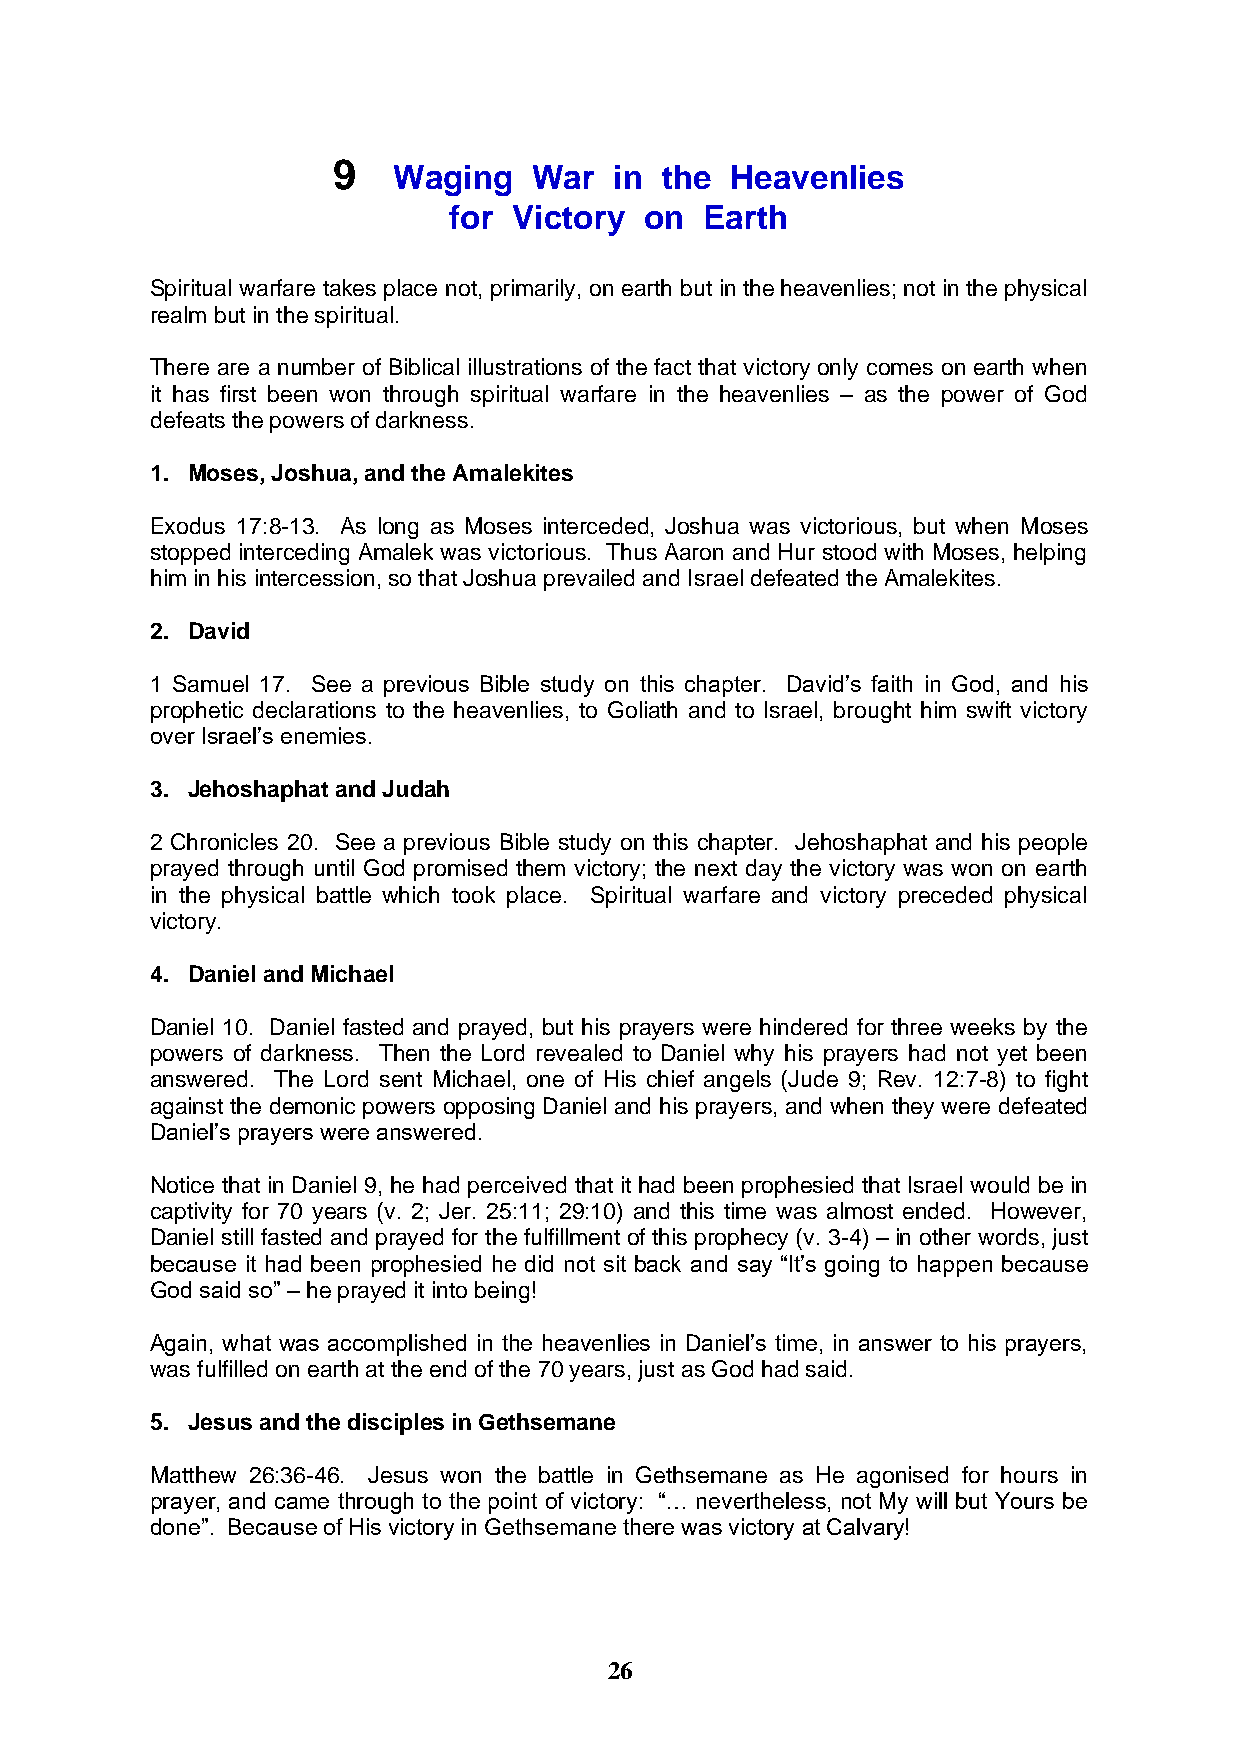
9
 Waging   War   in the Heavenlies
 for Victory  on  Earth
 Spiritual warfare takes place not, primarily, on earth but in the heavenlies; not in the physical
 realm but in the spiritual.
 There are a number of Biblical illustrations of the fact that victory only comes on earth when
 it has first been won through spiritual warfare in the heavenlies – as the power of God
 defeats the powers of darkness.
 1. Moses, Joshua, and the Amalekites
 Exodus 17:8-13. As long as Moses interceded, Joshua was victorious, but when Moses
 stopped interceding Amalek was victorious. Thus Aaron and Hur stood with Moses, helping
 him in his intercession, so that Joshua prevailed and Israel defeated the Amalekites.
 2. David
 1 Samuel 17. See a previous Bible study on this chapter. David’s faith in God, and his
 prophetic declarations to the heavenlies, to Goliath and to Israel, brought him swift victory
 over Israel’s enemies.
 3. Jehoshaphat and Judah
 2 Chronicles 20. See a previous Bible study on this chapter. Jehoshaphat and his people
 prayed through until God promised them victory; the next day the victory was won on earth
 in the physical battle which took place. Spiritual warfare and victory preceded physical
 victory.
 4. Daniel and Michael
 Daniel 10. Daniel fasted and prayed, but his prayers were hindered for three weeks by the
 powers of darkness. Then the Lord revealed to Daniel why his prayers had not yet been
 answered. The Lord sent Michael, one of His chief angels (Jude 9; Rev. 12:7-8) to fight
 against the demonic powers opposing Daniel and his prayers, and when they were defeated
 Daniel’s prayers were answered.
 Notice that in Daniel 9, he had perceived that it had been prophesied that Israel would be in
 captivity for 70 years (v. 2; Jer. 25:11; 29:10) and this time was almost ended. However,
 Daniel still fasted and prayed for the fulfillment of this prophecy (v. 3-4) – in other words, just
 because it had been prophesied he did not sit back and say “It’s going to happen because
 God said so” – he prayed it into being!
 Again, what was accomplished in the heavenlies in Daniel’s time, in answer to his prayers,
 was fulfilled on earth at the end of the 70 years, just as God had said.
 5. Jesus and the disciples in Gethsemane
 Matthew 26:36-46. Jesus won the battle in Gethsemane as He agonised for hours in
 prayer, and came through to the point of victory: “… nevertheless, not My will but Yours be
 done”. Because of His victory in Gethsemane there was victory at Calvary!
 26